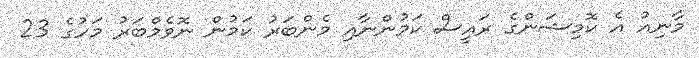
މާނިއު އެ ކޮމިޝަންގެ ރައީސް ކަމުންނާއި މެންބަރު ކަމުން ނޮވެމްބަރު މަހުގެ 23